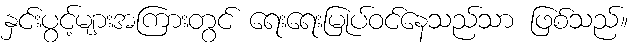
နှင်းပွင့်များအကြားတွင် ရေးရေးမြုပ်ဝင်နေသည်သာ ဖြစ်သည်။